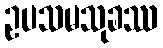
ဥပသမသုခဿ